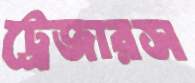
ট্রেজারস